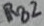
Text: RB2